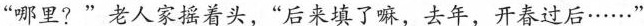
“哪里？”老人家摇着头，“后来填了嘛，去年，开春过后······”